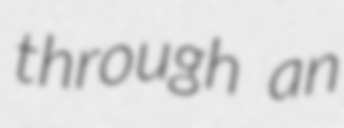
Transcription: through an